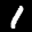
Label: 1